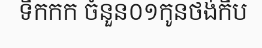
ទឹកកក ចំនួន០១កូនថង់កឹប